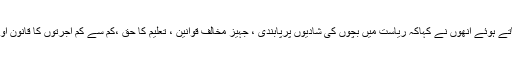
دفعہ 370کو ایک گمراہی والی دفعہ بتاتے ہوئے اوراسے انصاف کی ایک غلطی بتاتے ہوئے انھوں نے کہاکہ ریاست میں بچوں کی شادیوں پرپابندی ، جہیز مخالف قوانین ، تعلیم کا حق ،کم سے کم اجرتوں کا قانون اور طلاق ثلاثہ پرپابندی سمیت بہت سے اہم مرکزی قوانین نافذ نہیں کئے گئے تھے ۔